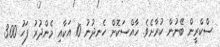
ސްކްރީން ބޭނުން ކުރާށެވެ. ޚާއްސަކޮށް ހެނދުނު 10 އަކާއި މެންދުރު ފަހު 3.00